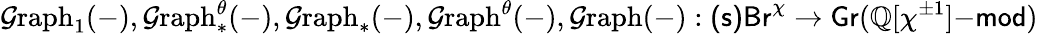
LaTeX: \mathcal{G}\mathrm{raph}_{1}(-),\mathcal{G}\mathrm{raph}_{*}^{\theta}(-),\mathcal{G}\mathrm{raph}_{*}(-),\mathcal{G}\mathrm{raph}^{\theta}(-),\mathcal{G}\mathrm{raph}(-):\mathsf{(s)Br}^{\chi}\to\mathsf{Gr}(\mathbb{Q}[\chi^{\pm 1}]\mathrm{-}\mathsf{mod})